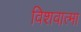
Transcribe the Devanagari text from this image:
विशवात्मा